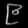
Digit: ၉